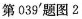
第039'题图2